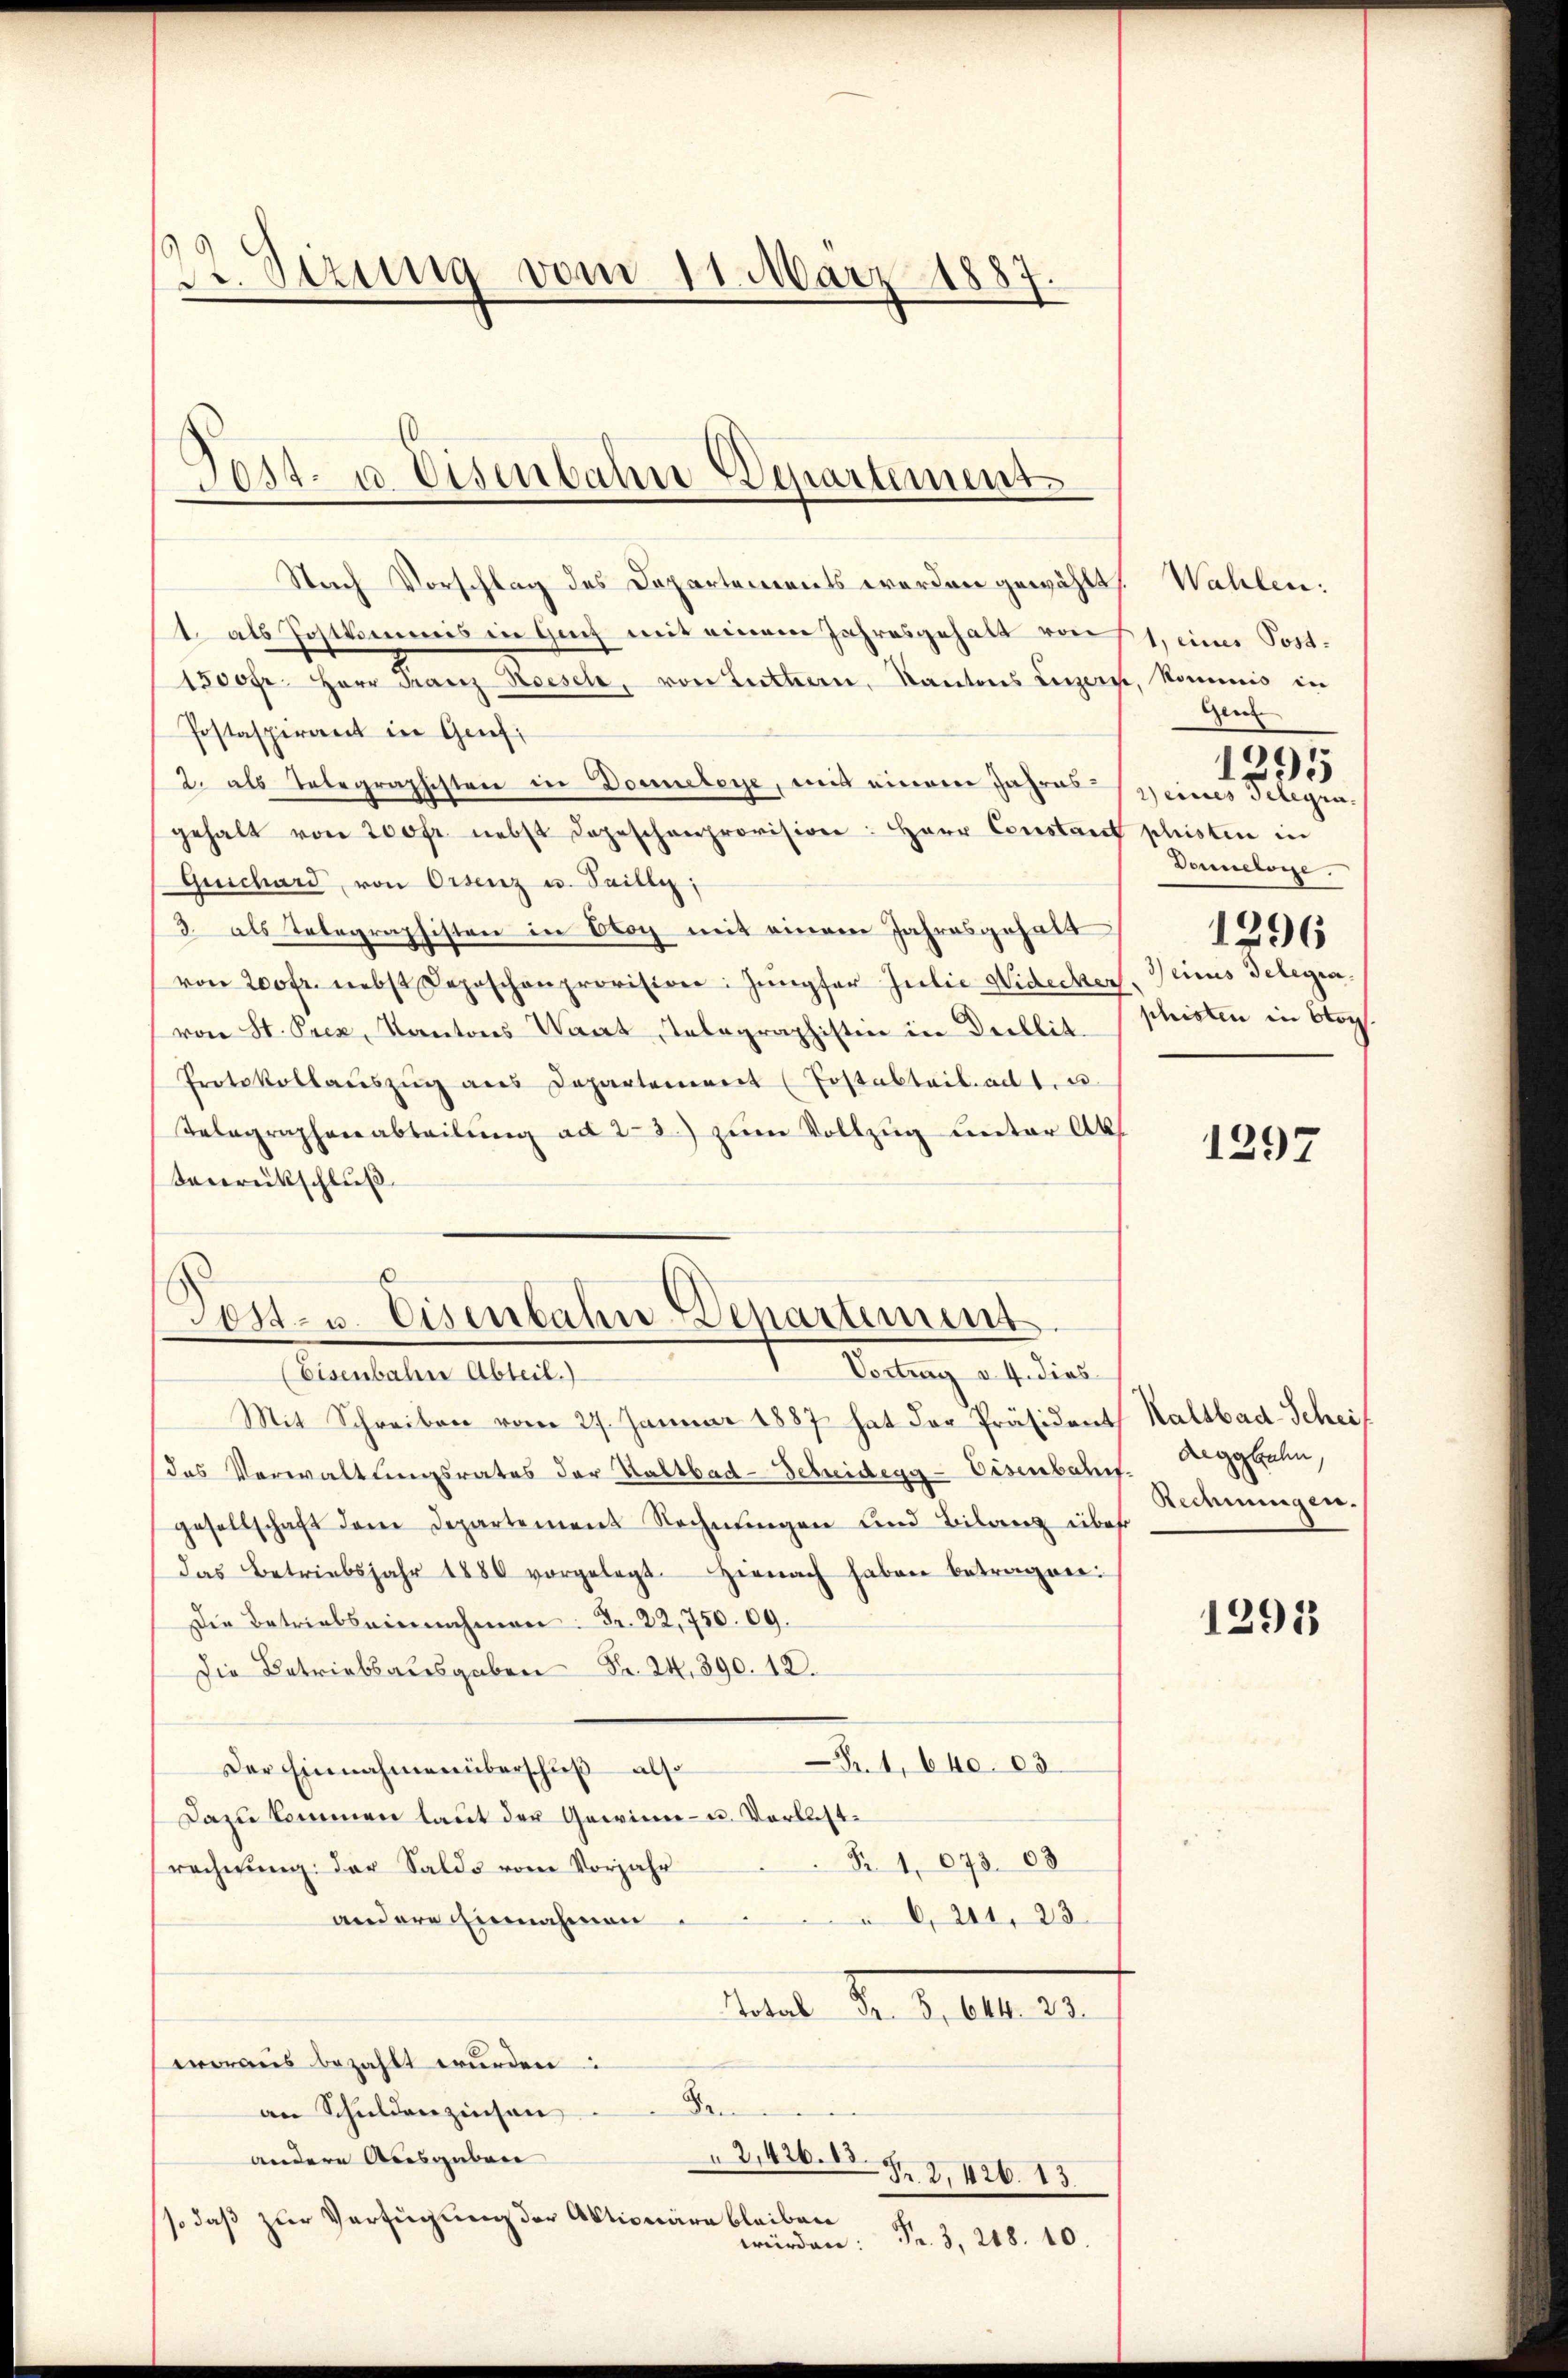
22 Sizung vom 11. März 1887

Post- u. Eisenbahn Departement

Nach Vorschlag des Departements werden gewählt
1. als Jostkommis in Guch mit einem Jahresgehalt von 1, einer Post¬
1500fr. Herr Franz Roesel, von Luttern, Kantons Luzer
Postaspirant in Genf,
2. als Telegraphisten in Donneleye, mit einem Jahres-
gehalt von 200fr. nebst dageschenprovision: Herr Constan
Guichard, von Orsenz u. Saille;
3. als Telegraphisten in Obog mit einem Jahresgehalt
von 200 fr. nebst Depeschenprovision: Jungfer Julie Widecker
von St. Prez, Kantons Wart, Telegraphistin in Decblit.
Protokollaŭszŭg ans Departement (Postabteil. ad 1. 2.
Telegraphenabteilŭng ad 2. 3.) zum Vollzug unter Abs.
Berrückschluß

6
Lost- u. Eisenbahn Departement
Vortrag d. 4. dies

(Eisenbahne Abteil.)
Mit Schreiben vom 27. Januar 1887 hat der Präsident Kaltbad-Scheif
das Verwaltungsrates der Kaltbad-Scheidegg-Eisenbahnt. Reggbahn,
gesellschaft dem Departement Rechnŭngen und Bilanz über
das Betriebsjahr 1880 vorgelegt. Hienach haben betragen:
Die Betriebs einnahmen: Fr. 22,750. 09.
Die Betriebsausgaben Fr. 24, 390. 12.
Fr. 1,640. 83.
Der Einnahmen überschuß also
Dazu kommen laut der Gewinn- u. Verlust¬
Fr. 1. 673. 63
rechnung der Saldo vom Vorjahr
andere Einnahmen
6,211, 23
Matt No. 1104. 7.
woraus bezahlt wurden:
Den
an Schuldenzinsen
2,426. 13
andere Ausgaben
Pr. 2, 426. 13
so daß zur Verfügung der Aktionäre bleiben
Fr. 3, 248. 10.
würden:

Wahlen:
. kommnis in
Gen
2) eines Gelegen.
phristen in
Donnelone
1296
Neicus Delegia
phristen in Stoc

e
e

1297

Rechnungen.

1293